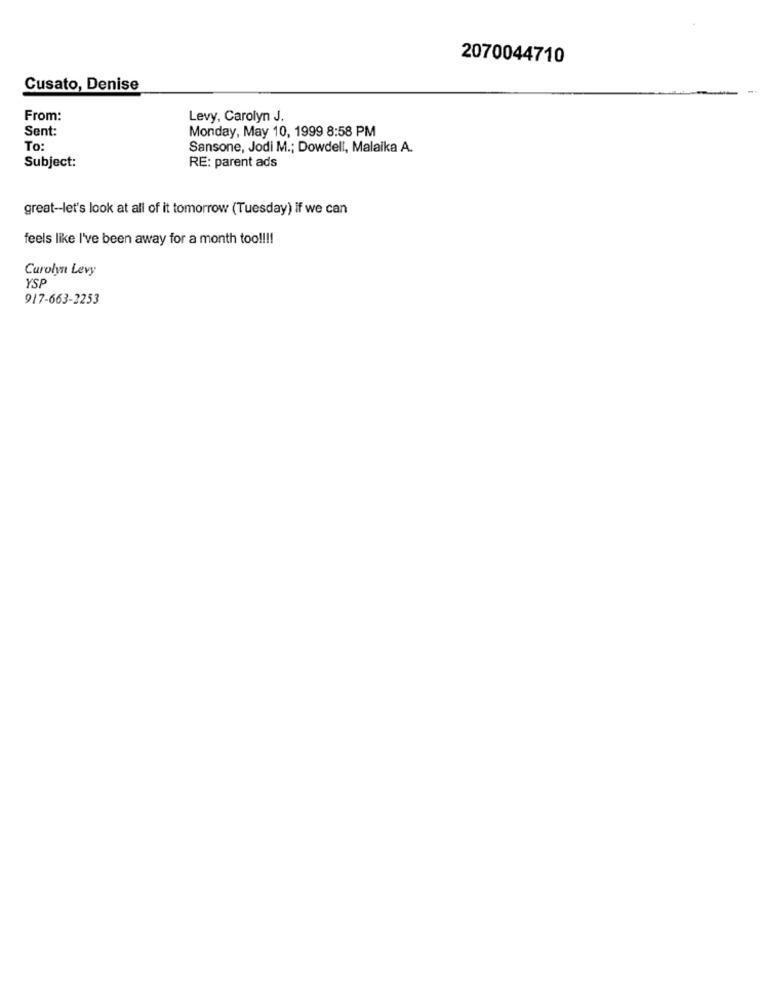
2070044710
Cusato, Denise
From:
Levy, Carolyn J.
Sent:
Monday, May 10, 1999 8:58 PM
To:
Sansone, Jodi M .; Dowdell, Malaika A.
Subject:
RE: parent ads
great-let's look at all of it tomorrow (Tuesday) if we can
feels like I've been away for a month too !!!!
Carolyn Levy
YSP
917-663-2253